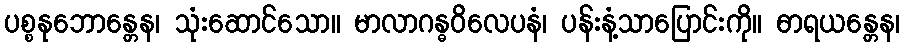
ပစ္စနုဘောန္တေန၊ သုံးဆောင်သော။ မာလာဂန္ဓဝိလေပနံ၊ ပန်းနံ့သာပြောင်းကို။ ဓာရယန္တေန၊